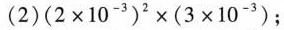
(2 ) $$(2\times 10^{-3})2 \times (3\times 10^{-3})$$；